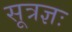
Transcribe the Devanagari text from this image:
सूत्रज्ञः